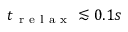
t _ { \mathrm { ~ r ~ e ~ l ~ a ~ x ~ } } \lesssim 0 . 1 s